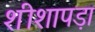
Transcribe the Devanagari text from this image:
शीशापड़ा